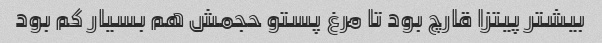
بیشتر پیتزا قارچ بود تا مرغ پستو حجمش هم بسیار کم بود